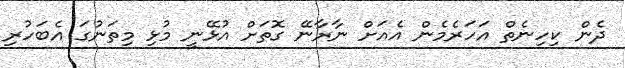
ދެން ކިހިނެތް އަހަރެމެން އެއަށް ނާރާނޭ ގޮތަށް އުޅޭނީ މުޅި މިތަނުގަ އެބަހުރި